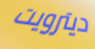
ديترويت